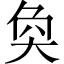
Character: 奐